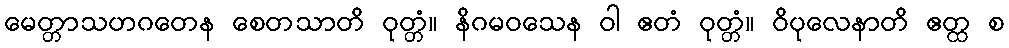
မေတ္တာသဟဂတေန စေတသာတိ ဝုတ္တံ။ နိဂမဝသေန ဝါ ဧတံ ဝုတ္တံ။ ဝိပုလေနာတိ ဧတ္ထ စ